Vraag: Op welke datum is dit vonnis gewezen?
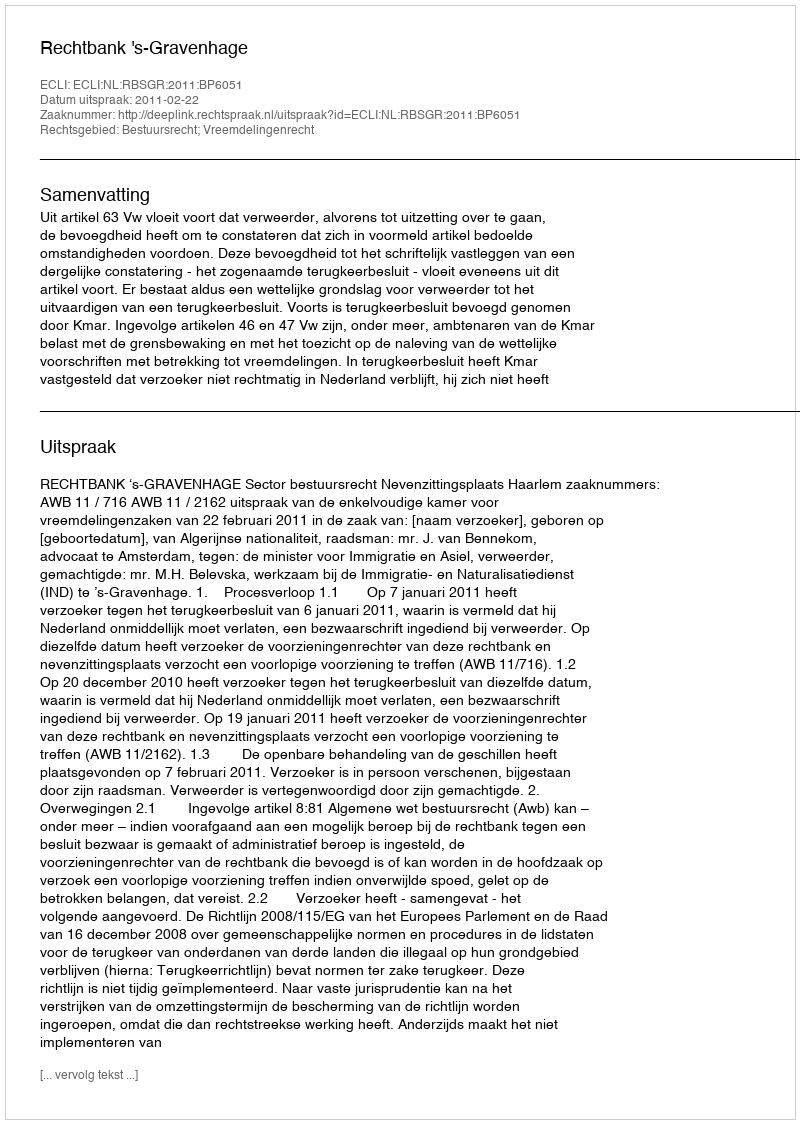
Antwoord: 2011-02-22